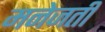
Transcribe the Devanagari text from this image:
मनेजती